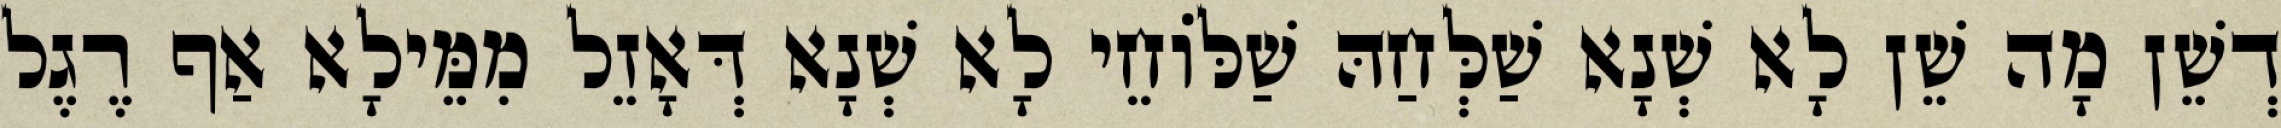
דְשֵׁן מָה שֵׁן לָא שְׁנָא שַׁלְּחַהּ שַׁלּוֹחֵי לָא שְׁנָא דְּאָזֵל מִמֵּילָא אַף רֶגֶל